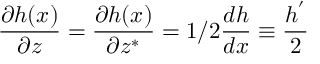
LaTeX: \frac { \partial h ( x ) } { \partial z } = \frac { \partial h ( x ) } { \partial z ^ { * } } = 1 / 2 \frac { d h } { d x } \equiv \frac { h ^ { ' } } { 2 }